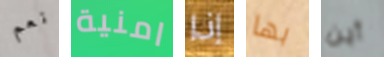
نعم امنية إذا بها أين